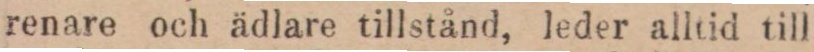
renare och ädlare tillstånd, leder alltid till